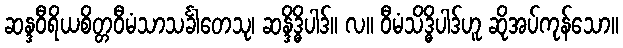
ဆန္ဒဝီရိယစိတ္တဝီမံသာသင်္ခါတေသု၊ ဆန္ဒိဒ္ဓိပါဒ်။ လ။ ဝီမံသိဒ္ဓိပါဒ်ဟူ ဆိုအပ်ကုန်သော။